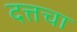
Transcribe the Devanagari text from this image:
दत्तचा